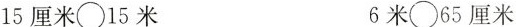
15厘米\bigcirc15米 6米\bigcirc 65厘米